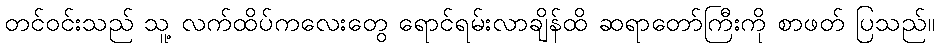
တင်ဝင်းသည် သူ့ လက်ထိပ်ကလေးတွေ ရောင်ရမ်းလာချိန်ထိ ဆရာတော်ကြီးကို စာဖတ် ပြသည်။